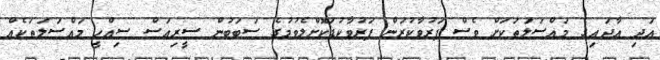
އަދި އާދައިގެ މައްސަލަތަކަށް ވެސް ފަރުވާކުރަން ފަރުވާކުޑަކޮށްލެވުމުގެ ސަބަބުން ސީރިއަސް ސިއްހީ މައްސަލަތަކެއް